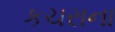
કચરાના